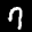
Label: 7